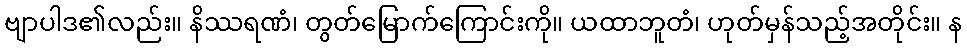
ဗျာပါဒ၏လည်း။ နိဿရဏံ၊ တွတ်မြောက်ကြောင်းကို။ ယထာဘူတံ၊ ဟုတ်မှန်သည့်အတိုင်း။ န